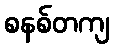
စနစ်တကျ